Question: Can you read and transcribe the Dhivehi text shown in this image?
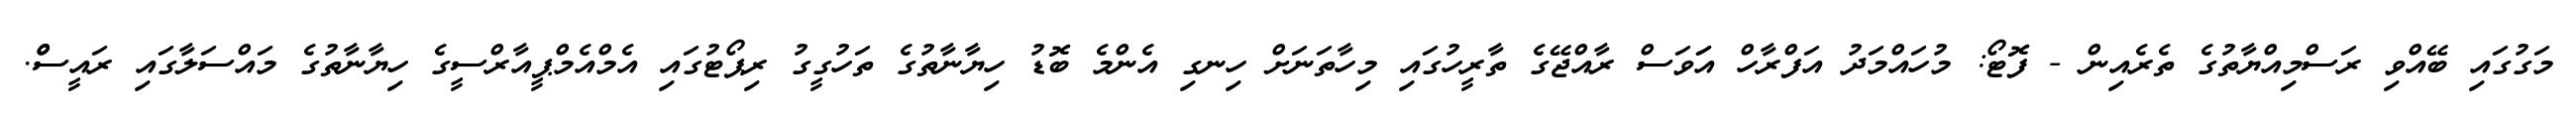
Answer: މަގުގައި ބޭއްވި ރަސްމިއްޔާތުގެ ތެރެއިން - ފޮޓޯ: މުހައްމަދު އަފްރާހް އަަވަސް ރާއްޖޭގެ ތާރީހުގައި މިހާތަނަށް ހިނގި އެންމެ ބޮޑު ހިޔާނާތުގެ ތަހުގީގު ރިޕޯޓުގައި އެމްއެމްޕީއާރްސީގެ ހިޔާނާތުގެ މައްސަލާގައި ރައީސްް.